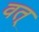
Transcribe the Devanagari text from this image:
वत्